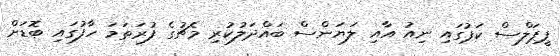
ޕީޕަލްސް ކަޕުގައި ނިއު އާއި ލަޔަންސް ބައްދަލުކުރި މެޗުގެ ފުރަތަމަ ހާފުގައި ބޮޑަށް